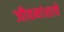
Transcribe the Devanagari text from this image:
जीवनांशाचे